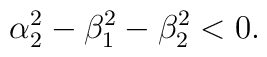
\alpha_{2}^{2}-\beta_{1}^{2}-\beta_{2}^{2}<0.